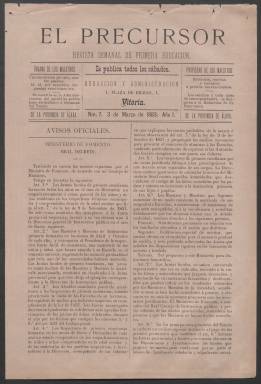
Título: El Precursor (Vitoria)
Colección: Educación
Ámbito geográfico: Álava
Lugar de publicación: Vitoria
Fechas: 03/03/1883-30/11/1885